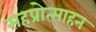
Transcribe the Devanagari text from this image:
सहप्रोत्साहन